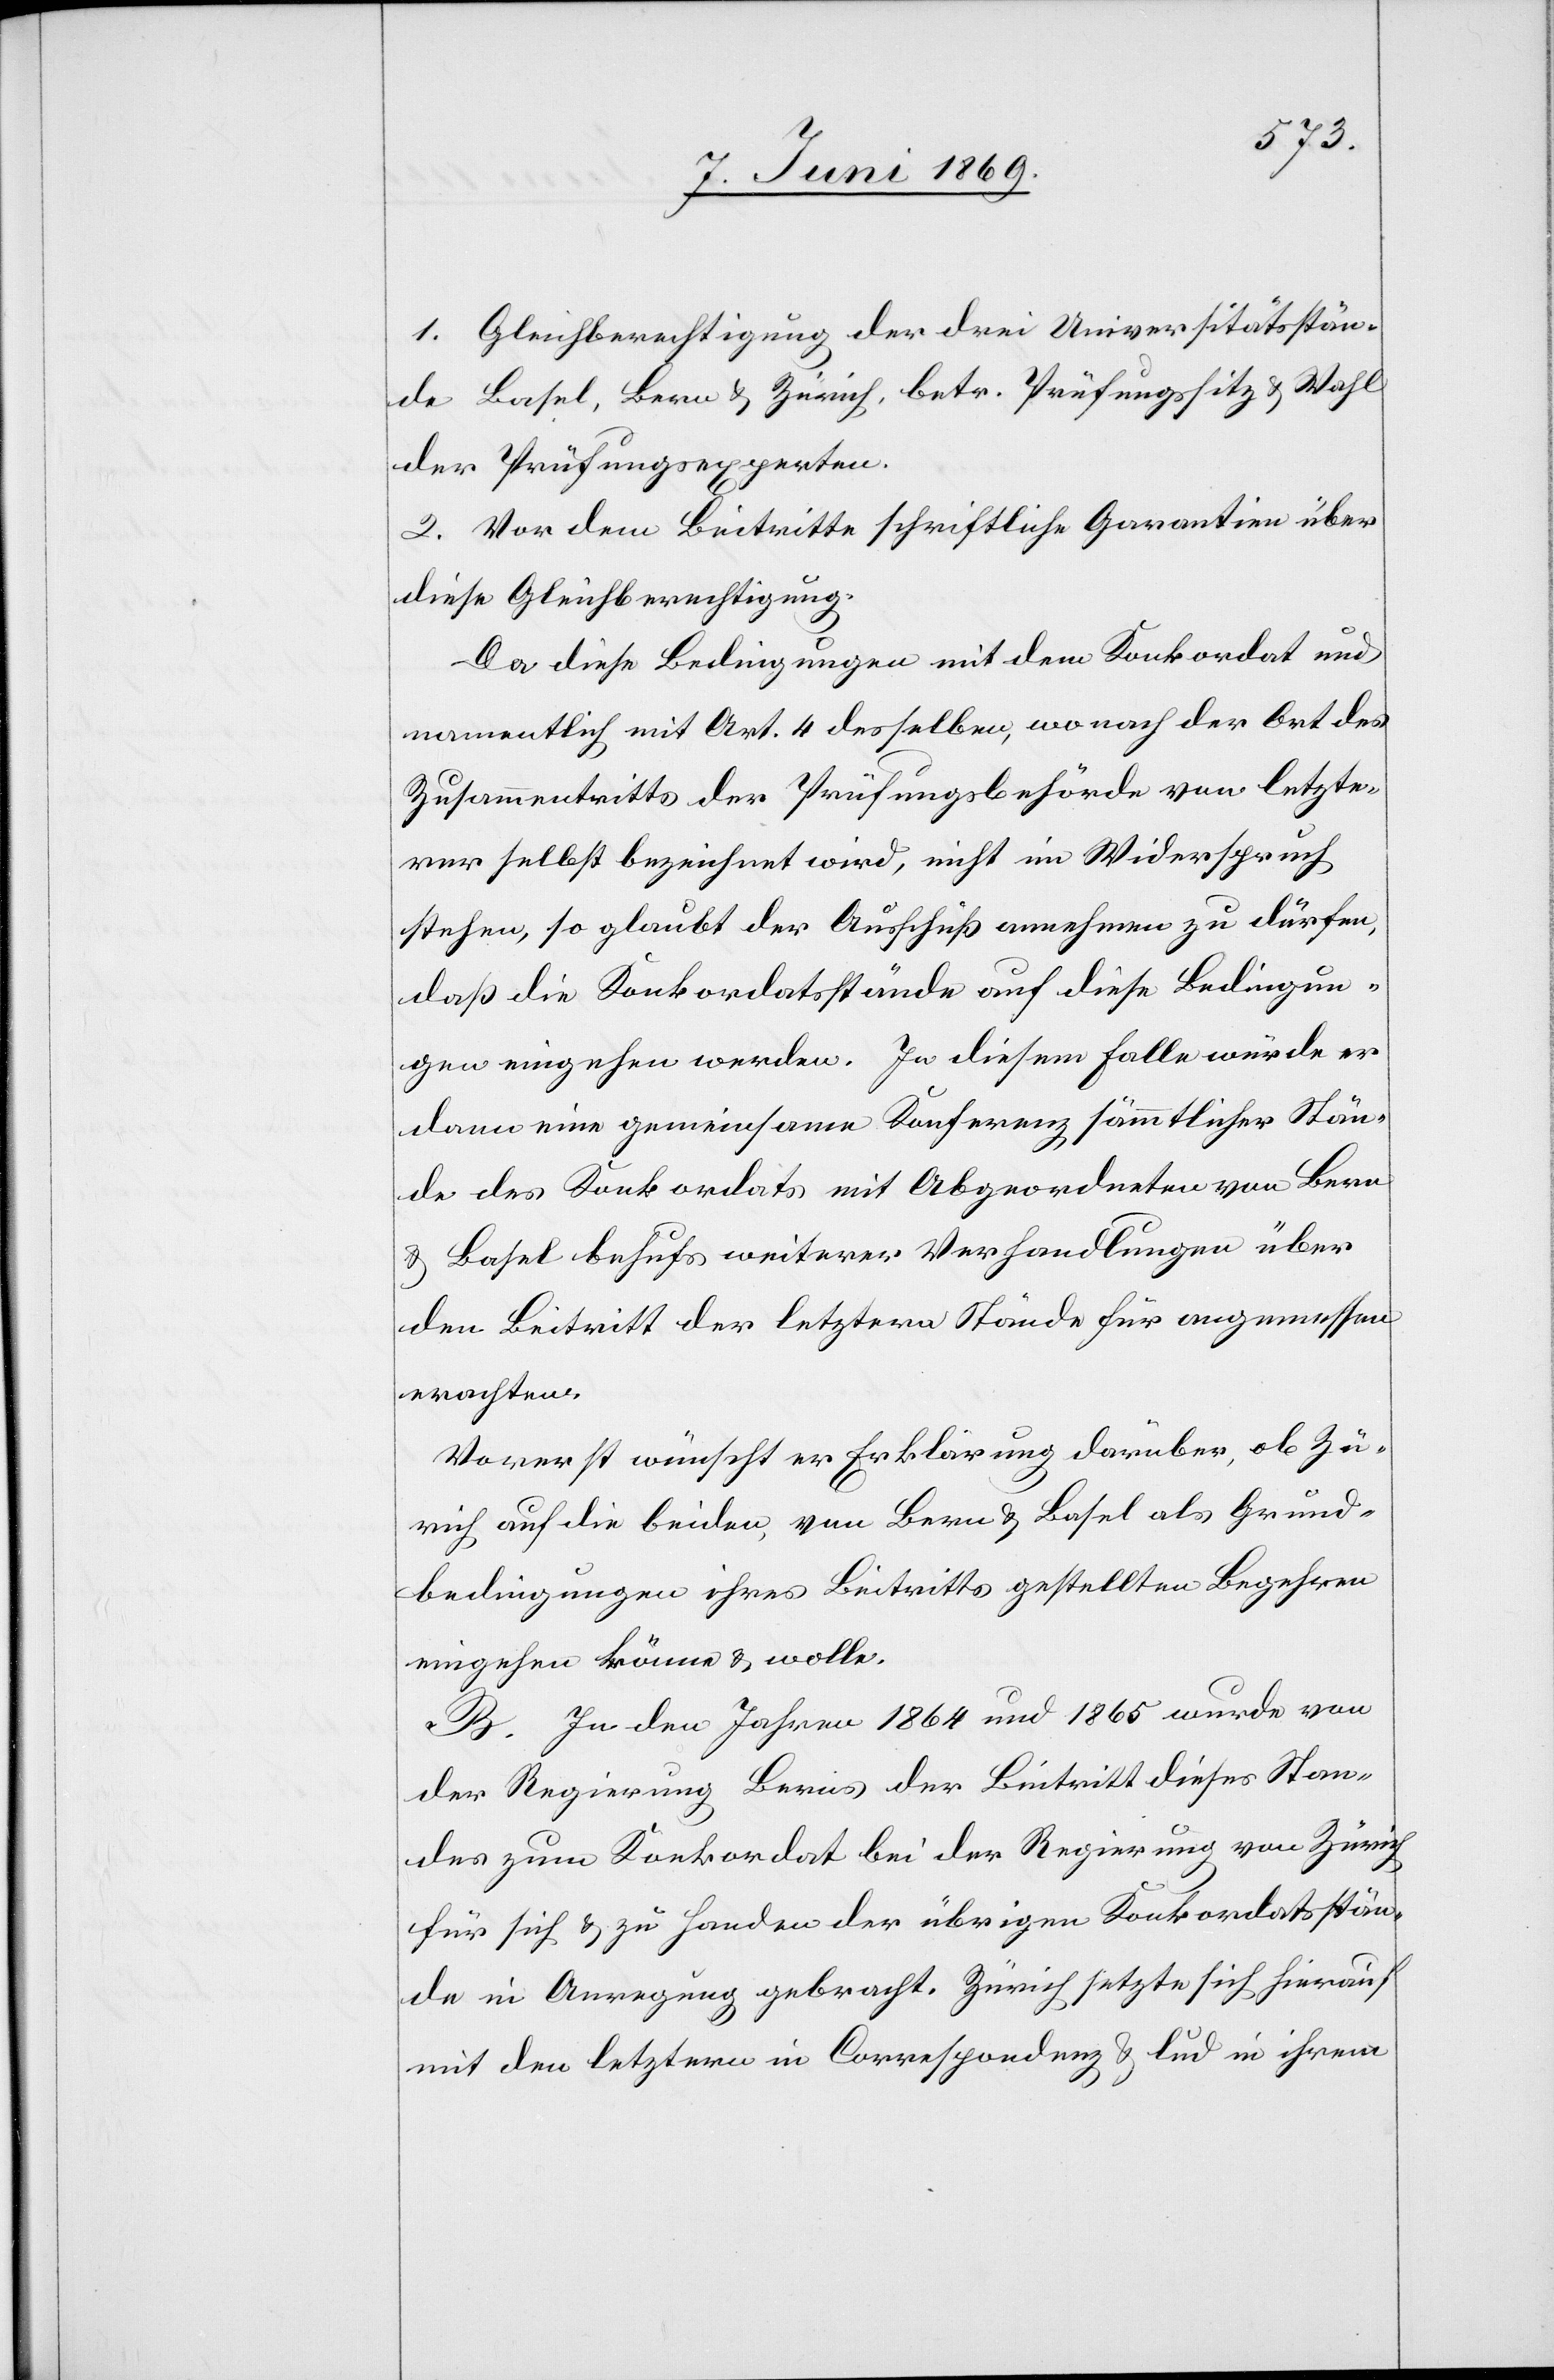
1. Gleichberechtigung der drei Universitätsstän¬
de Basel, Bern u. Zürich, betr. Prüfungssitz u. Wahl
der Prüfungsexperten.
2. Vor dem Beitritte schriftliche Garantien über
diese Gleichberechtigung.
Da diese Bedingungen mit dem Konkordat und
namentlich mit Art. 4 desselben, wonach der Ort des
Zusammentritts der Prüfungsbehörde von letzte¬
rer selbst bezeichnet wird, nicht im Widerspruch
stehen, so glaubt der Ausschuß annehmen zu dürfen,
daß die Konkordatsstände auf diese Bedingun¬
gen eingehen werden. In diesem Falle würde er
dann eine gemeinsame Konferenz sämmtlicher Stände
erachten.
Vorerst wünscht er Erklärung darüber, ob Zü¬
rich auf die beiden, von Bern u. Basel als Grund¬
bedingungen ihres Beitrittes gestellten Begehren
eingehen könne u. wolle.
B. In den Jahren 1864 und 1865 wurde von
der Regierung Berns der Beitritt dieses Stan¬
des zum Konkordat bei der Regierung von Zürich
für sich u. zu Handen der übrigen Konkordatsstän¬
de in Anregung gebracht. Zürich setzte sich hierauf
mit den letztern in Correspondenz u. lud in ihrem